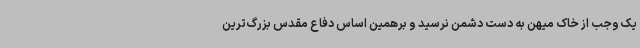
یک وجب از خاک میهن به دست دشمن نرسید و برهمین اساس دفاع مقدس بزرگ‌ترین